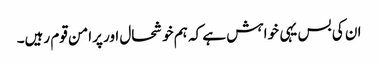
ان کی بس یہی خواہش ہے کہ ہم خوشحال اور پرامن قوم رہیں۔